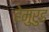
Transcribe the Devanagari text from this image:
हेमुरुड